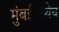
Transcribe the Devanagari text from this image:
मुंबईमध्येच